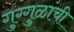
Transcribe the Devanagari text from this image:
गुग्गुळांची